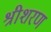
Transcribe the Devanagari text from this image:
श्रीशरण